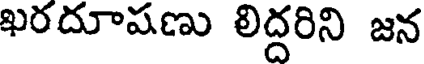
ఖరదూషణు లిద్దరిని జన